Lunatic asylums Bombay report 1891-1903 - 1891-1903
Year: 1891
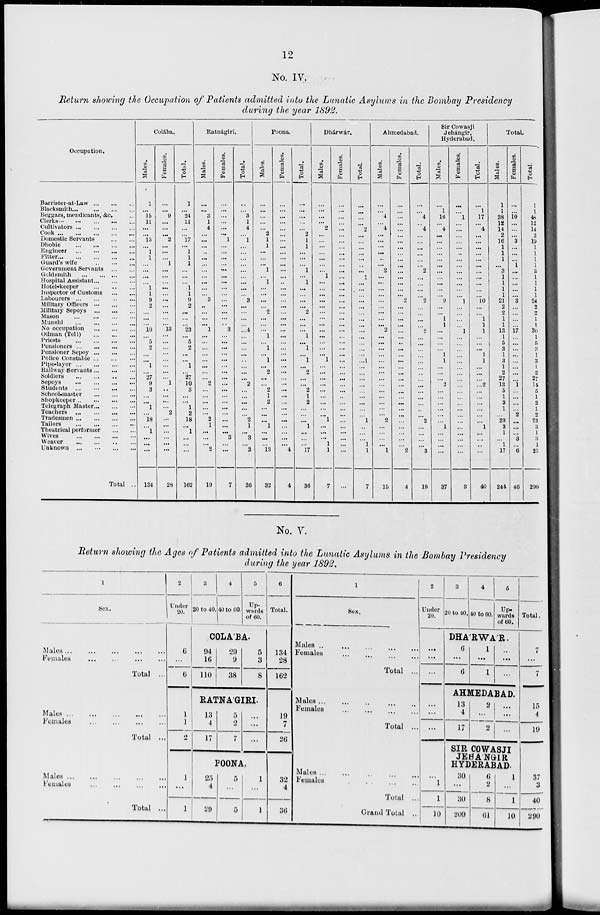
12
No. IV.
Return showing the Occupation of Patients admitted into the Lunatic Asylums in the Bombay Presidency
during the year 1892.
Occupation.
Barrister-at-Law ... ... ...
Blacksmith ... ... ... ...
Beggars, mendicants, &c. ...
Clerks ... ... ... ... ...
Cultivators ... ... ... ...
Cook
...
...
...
...
...
Domestic Servants ... ...
Dhobie ... ... ... ...
Engineer
...
...
...
...
Fitter ... ... ... ... ...
Guard's wife ... ... ...
Government Servants ... ...
Goldsmith ... ... ... ...
Hospital Assistant ... ... ...
Hotel-keeper ... ... ...
Inspector of Customs
...
...
Labourers
...
...
...
...
Military Officers ... ... ...
Military Sepoys ... ... ...
Mason
...
...
...
...
Munshi ... ... ... ...
No occupation ... ... ...
Oilman (Teli) ... ... ...
Priests
...
...
...
...
Pensioners
...
...
...
...
Pensioner Sepoy ... ... ...
Police Constable ... ... ...
Pipe-layer
...
...
...
...
Railway Servants ... ... ...
Soldiers
...
...
...
...
Sepoys
...
...
...
...
Students
...
...
...
...
School-master ... ... ... ...
Shopkeeper ... ... ... ...
Telegraph Master ... ... ...
Teachers ... ... ... ...
Tradesmen ... ... ... ...
Tailors
...
...
...
...
Theatrical performer
...
...
Wives
...
...
...
...
Weaver ... ... ... ...
Unknown ... ... ... ...
Total ...
Colába.
Males.
1
...
16
11
...
...
15
...
1
1
...
...
...
...
1
1
9
2
...
...
...
10
...
5 2
...
...
1
...
27
9
3
...
...
1
...
18
...
1
...
...
...
134
Females.
...
...
9
...
...
...
2
...
...
...
1
...
...
...
...
...
...
...
...
...
...
13
...
...
...
...
...
...
...
...
1
..
...
...
...
2
...
...
...
...
...
...
28
Total.
1
...
24
11
...
...
17
...
1
1
1
...
...
...
1
1
9
2
...
...
...
23
...
5
2
...
...
1
...
27
10
3
...
...
1
2
18
...
1
...
...
...
162
Ratnágiri.
Males.
...
...
3
1
4
...
...
...
...
...
...
...
...
...
...
3
...
...
...
...
1
...
...
...
...
...
...
...
...
2
...
...
...
...
...
2
1
...
...
...
2
19
Females.
...
...
...
...
...
...
1
...
...
...
...
...
...
...
...
...
...
...
...
...
...
3
...
...
...
...
...
...
...
...
...
...
...
...
...
...
...
...
...
3
...
...
7
Total.
...
...
3
1
4
...
1
...
...
...
...
...
...
...
...
...
3
...
...
...
...
4
...
...
...
...
...
...
...
...
2
...
...
...
...
...
2
1
...
3
...
2
26
Poona.
Males.
...
...
...
...
...
2
1
1
...
...
...
1
...
1
...
...
...
...
2
...
...
...
1
...
1
...
1
...
2
...
...
2
1
2
...
...
...
1
...
...
...
13
32
Females.
...
...
...
...
...
...
...
...
...
...
...
...
...
..
...
...
...
...
...
...
...
...
...
...
...
...
...
...
...
...
...
...
...
...
...
...
...
...
...
...
...
4
4
Total.
...
...
...
...
...
2
1
1
...
...
...
1
...
1
...
...
...
...
2
...
...
...
1
...
1
...
1
...
2
...
...
2
1
2
...
...
...
1
...
...
...
17
36
Dhárwár.
Males.
...
...
...
...
2
...
...
...
...
...
...
...
1
...
...
...
...
...
...
...
...
...
...
...
...
...
1
...
...
...
...
...
...
...
...
...
1
...
...
...
1
1
7
Females.
...
...
...
...
...
...
...
...
...
...
...
...
...
...
...
...
...
...
...
...
...
...
...
...
...
...
...
...
...
...
...
...
...
...
...
...
...
...
...
...
...
...
...
Total.
...
...
...
...
2
...
...
...
...
...
...
...
1
...
...
...
...
...
...
...
...
...
...
...
...
...
...1
...
...
...
...
...
...
...
...
...
1
...
...
...
1
1
7
Ahmedabad.
Males.
...
...
4
...
4
...
...
...
...
...
...
2
...
...
...
...
...
...
...
...
...
2
...
...
...
...
...
...
...
...
...
...
...
...
...
...
2
...
...
...
...
1
15
Females.
...
...
...
...
...
...
...
...
...
...
...
...
...
...
...
...
2
...
...
...
...
...
...
..
...
...
...
...
...
...
...
...
...
...
...
...
...
...
...
...
...
2
4
Total.
...
...
4
...
4
...
...
...
...
...
...
2
...
...
...
...
2
...
...
...
...
2
...
...
...
...
...
...
...
...
...
...
...
...
...
...
2
...
...
...
...
3
19
Sir Cowasji
Jehángir,
Hyderabad.
Males.
...
1
16
...
4
...
...
...
...
...
...
...
...
...
...
...
9
...
...
1
1
...
...
...
...
1
1
...
...
...
2
...
...
...
...
...
...
1
...
...
...
...
37
Females.
...
...
1
...
...
...
...
...
..
...
...
...
...
...
...
...
1
...
...
...
...
1
...
...
...
...
...
...
...
...
...
...
...
...
...
...
...
...
...
...
...
...
3
Total.
...
1
17
...
4
...
...
...
...
...
...
...
...
...
...
...
10
...
...
1
1
1
...
...
...
1
1
...
...
...
...2
...
...
...
...
...
...
1
...
...
...
...
40
Total.
Males.
1
1
38
12
14
2
16
1
1
1
...
3
1
1
1
1
21
2
2
1
1
13
1
5
3
1
3
1
2
27
13
5
1
2
1
...
23
3
1
...
1
17
244
Females.
...
...
10
...
...
...
3
...
...
...
1
...
...
...
...
...
3
...
...
...
...
17
...
...
...
...
...
...
...
...
1
...
...
...
...
2
...
...
...
3
...
6
46
Total.
1
1
48
12
14
2
19
1
1
1
1
3
1
1
1
1
24
2
2
1
1
30
1
5
3
1
3
1
2
27
14
5
1
2
1
2
23
3
1
3
1
23
290
No. V.
Return showing the Ages of Patients admitted into the Lunatic Asylums in the Bombay Presidency
during the year 1892.
1
Sex.
Males
...
...
...
...
...
Females
...
...
...
...
Total ...
Males ... ... ... ... ...
Females
...
...
...
...
Total ...
Males ... ... ... ... ..
Females
...
...
...
...
Total ...
2
Under
20.
6
...
6
1
1
2
1
...
1
3
20 to 40.
4
40 to 60.
5
Upwards
of 60.
COLÁBA.
94
16
110
29
9
38
5
3
8
RATNÁGIRI.
13
4
17
5
2
7
...
...
...
POONA.
25
4
29
5
...
5
1
...
1
6
Total.
134
28
162
19
7
26
32
4
36
1
Sex.
Males ... ... ... ... ...
Females ... ... ... ...
Total ...
Males ... ... ... ... ...
Females
...
...
...
...
Total ...
Males ... ... ... ... ...
Females ... ... ... ...
Total ...
Grand Total ...
2
Under
20.
1
...
...
...
...
...
...
...
1
1
10
3
20 to 40.
4
40 to 60.
5
Upwards
of 60.
DHÁRWÁR.
6
...
6
1
...
1
...
...
...
AHMEDABAD.
13
4
17
2
...
2
...
...
...
SIR COWASJI
JEHÁNGIR
HYDERABAD.
30
...
30
209
6
2
8
61
1
...
1
10
Total.
7
...
7
15
4
19
37
3
40
290